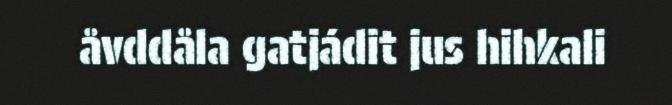
åvddåla gatjádit jus hihkali